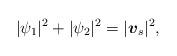
LaTeX: \begin{align*}\lvert \psi_{1}\rvert ^{2} + \lvert \psi_{2}\rvert ^{2}=\lvert \mbox{\mathversion{bold}$v$}_{s}\rvert ^{2},\end{align*}